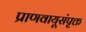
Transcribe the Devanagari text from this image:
प्राणवायूसंपृक्त